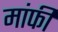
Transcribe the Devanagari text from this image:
मांफी